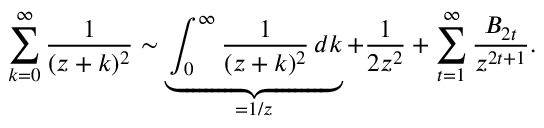
\sum _ { k = 0 } ^ { \infty } { \frac { 1 } { ( z + k ) ^ { 2 } } } \sim \underbrace { \int _ { 0 } ^ { \infty } { \frac { 1 } { ( z + k ) ^ { 2 } } } \, d k } _ { = 1 / z } + { \frac { 1 } { 2 z ^ { 2 } } } + \sum _ { t = 1 } ^ { \infty } { \frac { B _ { 2 t } } { z ^ { 2 t + 1 } } } .